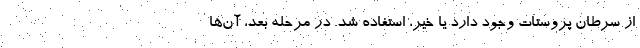
از سرطان پروستات وجود دارد یا خیر، استفاده شد. در مرحله بعد، آن‌ها